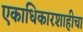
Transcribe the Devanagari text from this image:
एकाधिकारशाहीचा